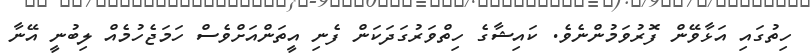
ހިތުގައި އަޅާވޭން ފޮރުވަމުންނެވެ. ކައިޝާގެ ހިތްވަރުގަދަކަން ފެނި އީތަންއަށްވެސް ހަމަޖެހުމެއް ލިބުނީ އޭނާ